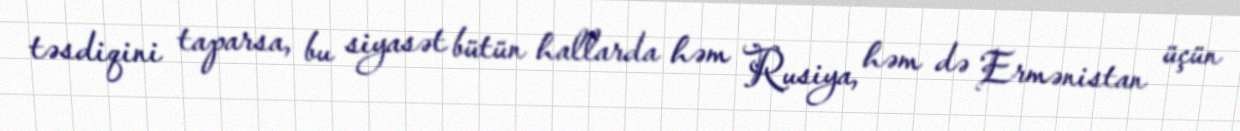
təsdiqini taparsa, bu siyasət bütün hallarda həm Rusiya, həm də Ermənistan üçün